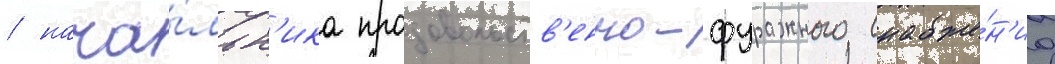
/ нача́льн'ика продовольств'енно-фуражного снабже́н'иа